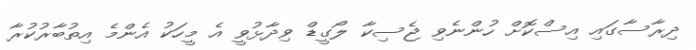
ދިރާސާގައި އިސްކޮށް ހުންނެވި ޖެސިކާ ލޯގީޑް ވިދާޅުވީ އެ މީހަކު އެންމެ އިތުބާރުކުރާ